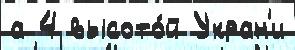
а 4 высото́й Укран'и